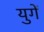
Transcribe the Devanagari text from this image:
युगें